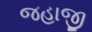
જહાજી